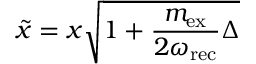
\tilde { x } = x \sqrt { 1 + \frac { m _ { \mathrm { e x } } } { 2 \omega _ { \mathrm { r e c } } } \Delta }